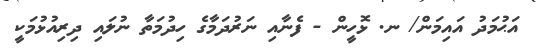
އަޙުމަދު އައިމަން/ ނ. ޅޮހީން - ފެނާއި ނަރުދަމާގެ ހިދުމަތާ ނުލައި ދިރިއުޅުމަކީ